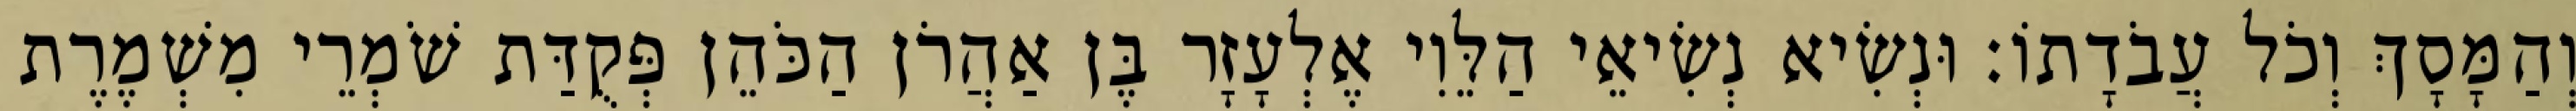
וְהַמָּסָךְ וְכֹל עֲבֹדָתוֹ׃ וּנְשִׂיא נְשִׂיאֵי הַלֵּוִי אֶלְעָזָר בֶּן אַהֲרֹן הַכֹּהֵן פְּקֻדַּת שֹׁמְרֵי מִשְׁמֶרֶת